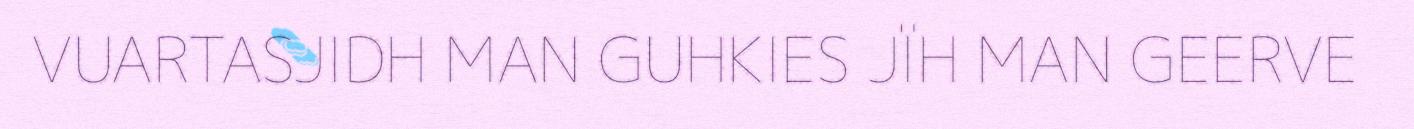
VUARTASJIDH MAN GUHKIES JÏH MAN GEERVE